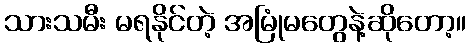
သားသမီး မရနိုင်တဲ့ အမြုံမတွေနဲ့ဆိုတော့။